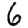
Digit: 6